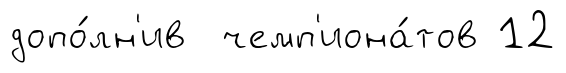
допо́лн'ив чемп'иона́тов 12